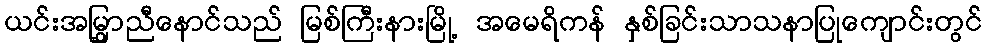
ယင်းအမြွှာညီနောင်သည် မြစ်ကြီးနားမြို့ အမေရိကန် နှစ်ခြင်းသာသနာပြုကျောင်းတွင်